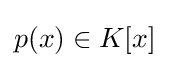
p(x)\in K[x]